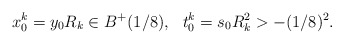
\begin{align*}x_{0}^k= y_{0}R_{k}\in B^{+}({1}/{8}),\,\,\,\,t_{0}^{k}= s_{0}R_{k}^{2}>-({1}/{8})^{2}.\end{align*}